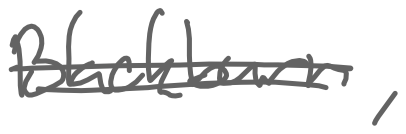
Text: Blackburn,
Cross-out: double-line
Writing tool: digital_gray